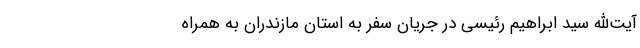
‌آیت‌الله سید ابراهیم رئیسی در جریان سفر به استان مازندران به همراه